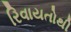
રિવાયતોથી